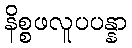
နိစ္စဖလူပပန္နာ